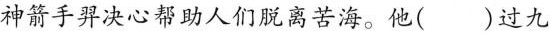
神箭手羿决心帮助人们脱离苦海。他()过九